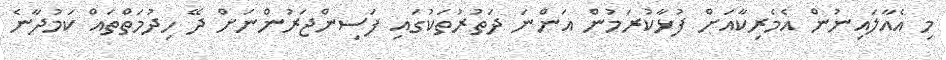
މި އެއާލައިނުން އެމެރިކާއަށް ފުޅާކުރަމުން އަންނަ ދަތުރުތަކުގައި ފަސިންޖަރުންނަށް ދޭ ހިދުމަތްތައް ކަމުދާނެ